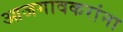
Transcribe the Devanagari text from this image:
आजगावकरांना